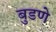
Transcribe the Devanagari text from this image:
बुडणे